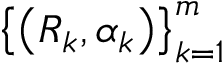
\left\{ \left( R _ { k } , \alpha _ { k } \right) \right\} _ { k = 1 } ^ { m }